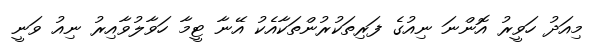
މިއަދު ހަވީރު އޮންނަ ނިއުގެ ފަރިތަކުރުންތަކާއެކު އޭނާ ޓީމާ ހަވާލުވާއިރު ނިއު ވަނީ